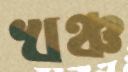
খঞ্চ